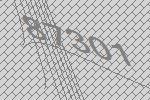
87301